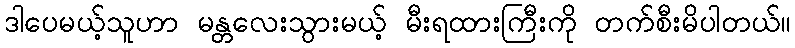
ဒါပေမယ့်သူဟာ မန္တလေးသွားမယ့် မီးရထားကြီးကို တက်စီးမိပါတယ်။